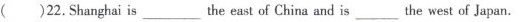
( )22.Shanghai is___the east of China and is_the west of Japan.